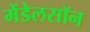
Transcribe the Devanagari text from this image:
मेंडेलसॉन